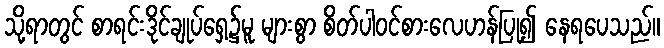
သို့ရာတွင် စာရင်းဒိုင်ချုပ်ရှေ့၌မူ များစွာ စိတ်ပါဝင်စားလေဟန်ပြု၍ နေရပေသည်။